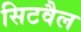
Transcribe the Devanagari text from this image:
सिटवैल